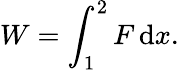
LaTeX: W=\int_{1}^{2}F\, \mathrm{d}x.